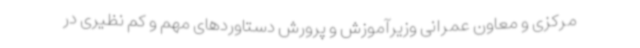
مرکزی و معاون عمرانی وزیرآموزش و پرورش دستاوردهای مهم و کم نظیری در